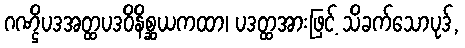
ဂဏ္ဌိပဒအတ္ထပဒဝိနိစ္ဆယကထာ၊ ပဒတ္ထအားဖြင့် သိခက်သောပုဒ်,